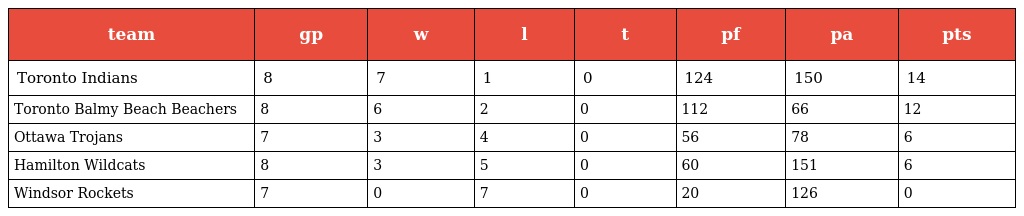
| team | gp | w | l | t | pf | pa | pts |
 | --- | --- | --- | --- | --- | --- | --- | --- |
 | Toronto Indians | 8 | 7 | 1 | 0 | 124 | 150 | 14 |
 | Toronto Balmy Beach Beachers | 8 | 6 | 2 | 0 | 112 | 66 | 12 |
 | Ottawa Trojans | 7 | 3 | 4 | 0 | 56 | 78 | 6 |
 | Hamilton Wildcats | 8 | 3 | 5 | 0 | 60 | 151 | 6 |
 | Windsor Rockets | 7 | 0 | 7 | 0 | 20 | 126 | 0 |